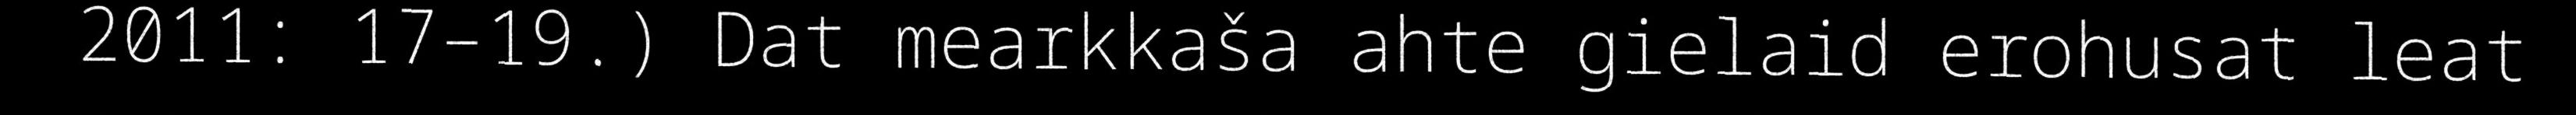
2011: 17–19.) Dat mearkkaša ahte gielaid erohusat leat